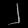
Digit: ၂